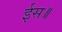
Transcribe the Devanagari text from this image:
ईस॥